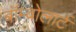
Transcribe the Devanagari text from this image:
बॉम्वोलार्ट